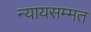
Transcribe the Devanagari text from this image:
न्यायसम्मत